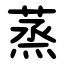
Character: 蒸